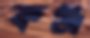
কঞ্জ